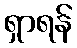
ရှာရန်